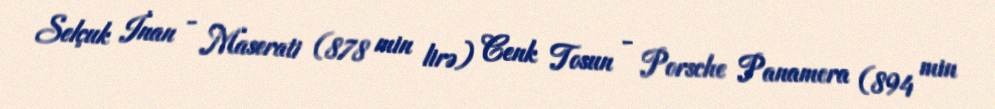
Selçuk İnan - Maserati (878 min lirə) Cenk Tosun - Porsche Panamera (894 min